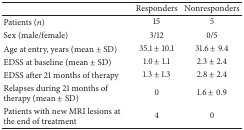
<table><thead><tr><td><b> </b></td><td><b>Responders</b></td><td><b>Nonresponders</b></td></tr></thead><tbody><tr><td>Patients (<i>n</i>)</td><td>15</td><td>5</td></tr><tr><td>Sex (male/female)</td><td>3/12</td><td>0/5</td></tr><tr><td>Age at entry, years (mean ± SD)</td><td>35.1 ± 10.1</td><td>31.6 ± 9.4</td></tr><tr><td>EDSS at baseline (mean ± SD)</td><td>1.0 ± 1.1</td><td>2.3 ± 2.4</td></tr><tr><td>EDSS after 21 months of therapy</td><td>1.3 ± 1.3</td><td>2.8 ± 2.4</td></tr><tr><td>Relapses during 21 months of therapy (mean ± SD)</td><td>0</td><td>1.6 ± 0.9</td></tr><tr><td>Patients with new MRI lesions at the end of treatment</td><td>4</td><td>0</td></tr></tbody></table>